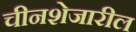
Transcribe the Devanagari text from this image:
चीनशेजारील